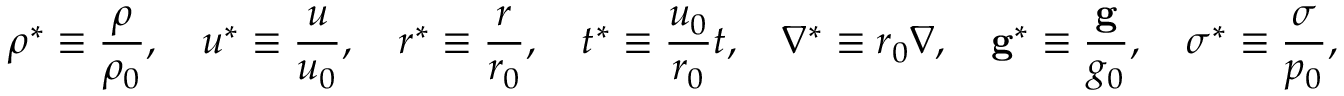
\rho ^ { * } \equiv { \frac { \rho } { \rho _ { 0 } } } , \quad u ^ { * } \equiv { \frac { u } { u _ { 0 } } } , \quad r ^ { * } \equiv { \frac { r } { r _ { 0 } } } , \quad t ^ { * } \equiv { \frac { u _ { 0 } } { r _ { 0 } } } t , \quad \nabla ^ { * } \equiv r _ { 0 } \nabla , \quad \mathbf { g } ^ { * } \equiv { \frac { \mathbf { g } } { g _ { 0 } } } , \quad { \boldsymbol { \sigma } } ^ { * } \equiv { \frac { \boldsymbol { \sigma } } { p _ { 0 } } } ,